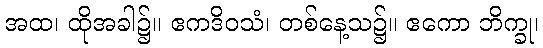
အထ၊ ထိုအခါ၌။ ဧကဒိဝသံ၊ တစ်နေ့သ၌။ ဧကော ဘိက္ခု၊